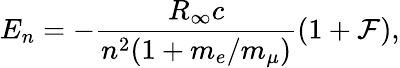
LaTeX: E_{n}=-\frac{R_{\infty}c}{n^{2}(1+m_{e}/m_{\mu})}(1+\mathcal{F}),